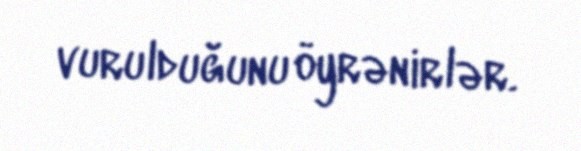
vurulduğunu öyrənirlər.